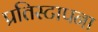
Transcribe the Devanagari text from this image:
प्रतिस्टापना